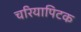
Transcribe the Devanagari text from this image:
चरियापिटक